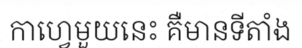
កាហ្វេមួយនេះ គឺមានទីតាំង